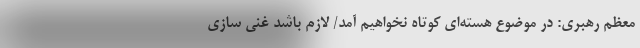
معظم رهبری: در موضوع هسته‌ای کوتاه نخواهیم آمد/ لازم باشد غنی سازی